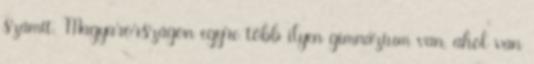
számít. Magyarországon egyre több ilyen gimnázium van, ahol van